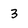
Character: 3